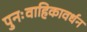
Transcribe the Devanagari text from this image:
पुनःवाहिकावर्धन